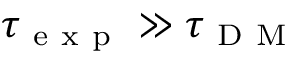
\tau _ { \mathrm { ~ e ~ x ~ p ~ } } \gg \tau _ { \mathrm { ~ D ~ M ~ } }